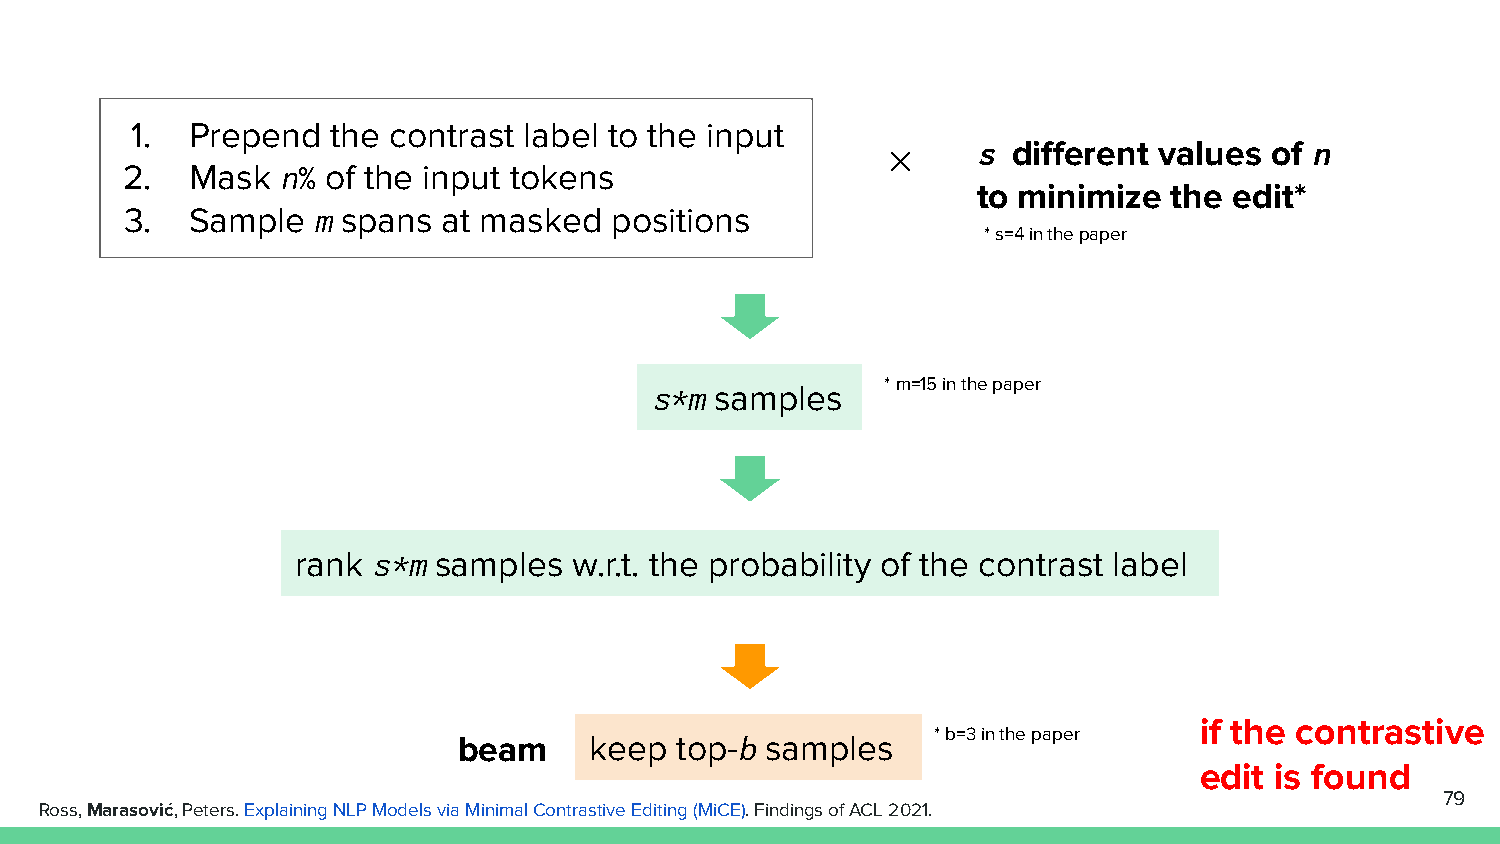
1.  Prepend  the contrast label to the input
 s different values of n
 ✕
 2.   Mask n% of the input tokens
 to minimize  the edit*
 3.   Sample  m spans at masked  positions
 * s=4 in the paper
 s*m samples     * m=15 in the paper
 rank s*m samples  w.r.t. the probability of the contrast label
 beam     keep  top-b samples    * b=3 in the paper
 if the contrastive
 edit is found
 79
 Ross, Marasović, Peters. Explaining NLP Models via Minimal Contrastive Editing (MiCE). Findings of ACL 2021.